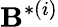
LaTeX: {\mathbf{B}}^{*(i)}